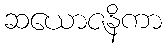
ဆယောဇနိကာ